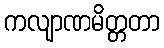
ကလျာဏမိတ္တတာ